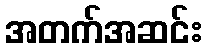
အတက်အဆင်း